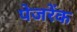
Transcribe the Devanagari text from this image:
पेजरेंक